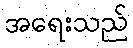
အရေးသည်